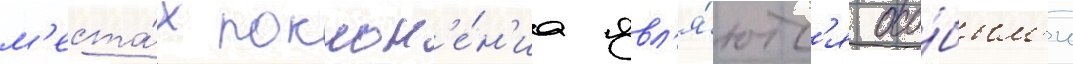
м'еста́х поклон'е́н'иа явл'я́ютс'я осо́бым'и